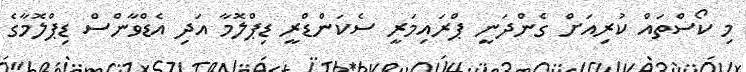
މި ކޯސްތައް ކުރިއަށް ގެންދަނީ ޕްރައިމަރީ ސެކަންޑްރީ ޑިޕްލޮމާ އަދި އެޑްވާންސް ޑިޕްލޮމާގެ